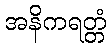
အနိကရတ္တံ